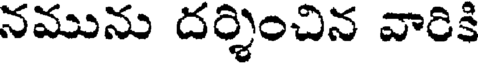
నమును దర్శించిన వారికి